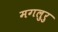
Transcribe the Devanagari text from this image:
मगलुरु